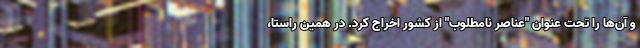
و آن‌ها را تحت عنوان "عناصر نامطلوب" از کشور اخراج کرد. در همین راستا،